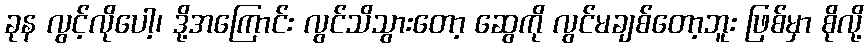
ခုန လွင့်လိုပေါ့၊ ဒို့အကြောင်း လွင်သိသွားတော့ ဆွေကို လွင်မချစ်တော့ဘူး ဖြစ်မှာ စိုလို့